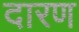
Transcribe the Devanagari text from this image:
दारण